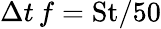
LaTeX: \Delta t\, f=\mathrm{St}/50